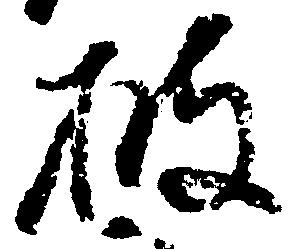
披